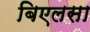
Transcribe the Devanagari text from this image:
बिएलसा